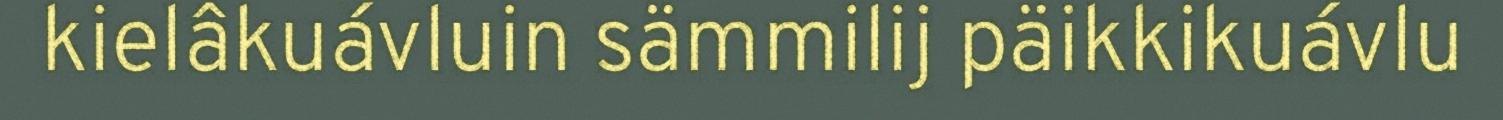
kielâkuávluin sämmilij päikkikuávlu